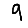
Digit: 9